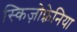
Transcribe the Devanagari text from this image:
स्किज़ोफ़्रेनिया